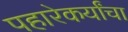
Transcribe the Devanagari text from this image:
पहारेकर्यांचा